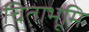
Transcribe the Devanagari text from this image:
चिताभूमि